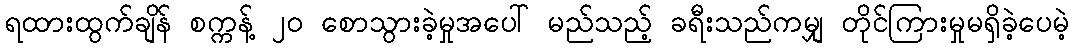
ရထားထွက်ချိန် စက္ကန့် ၂၀ စောသွားခဲ့မှုအပေါ် မည်သည့် ခရီးသည်ကမျှ တိုင်ကြားမှုမရှိခဲ့ပေမဲ့